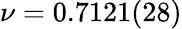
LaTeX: \nu=0.7121(28)